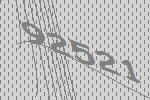
92521